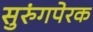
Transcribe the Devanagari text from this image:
सुरुंगपेरक